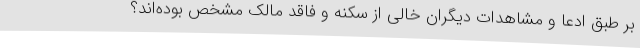
بر طبق ادعا و مشاهدات دیگران خالی از سکنه و فاقد مالک مشخص بوده‌اند؟